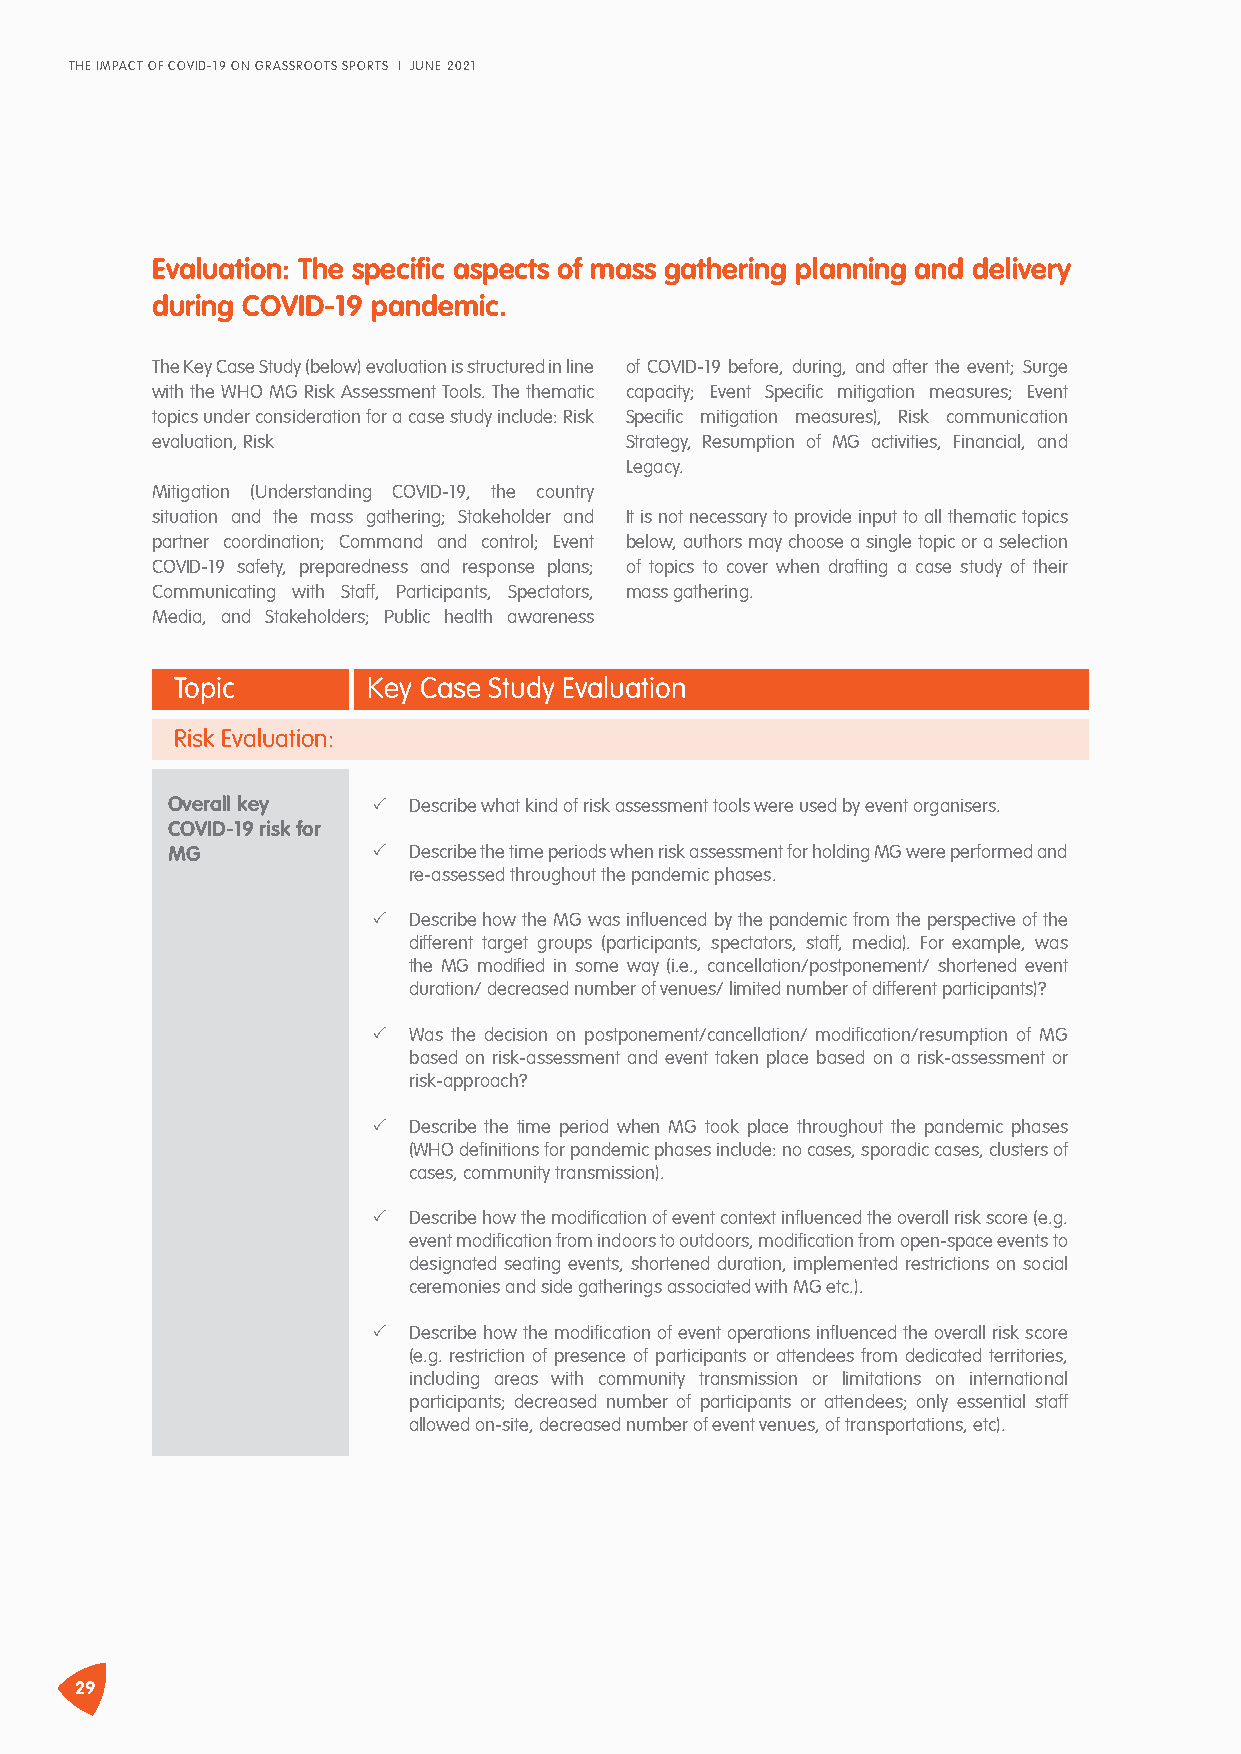
THE IMPACT OF COVID-19 ON GRASSROOTS SPORTS I JUNE 2021
 Evaluation: The specific aspects of mass gathering planning and delivery
 during COVID-19 pandemic.
 The Key Case Study (below) evaluation is structured in line of COVID-19 before, during, and after the event; Surge
 with the WHO MG Risk Assessment Tools. The thematic capacity; Event Specific mitigation measures; Event
 topics under consideration for a case study include: Risk Specific mitigation measures), Risk communication
 evaluation, Risk               Strategy, Resumption of MG activities, Financial, and
 Legacy.
 Mitigation (Understanding COVID-19, the country
 situation and the mass gathering; Stakeholder and It is not necessary to provide input to all thematic topics
 partner coordination; Command and control; Event below, authors may choose a single topic or a selection
 COVID-19 safety, preparedness and response plans; of topics to cover when drafting a case study of their
 Communicating with Staff, Participants, Spectators, mass gathering.
 Media, and Stakeholders; Public health awareness
 Topic       Key Case Study Evaluation
 Risk Evaluation:
 Overall key   � Describe what kind of risk assessment tools were used by event organisers.
 COVID-19 risk for
 MG            � Describe the time periods when risk assessment for holding MG were performed and
 re-assessed throughout the pandemic phases.
 � Describe how the MG was influenced by the pandemic from the perspective of the
 different target groups (participants, spectators, staff, media). For example, was
 the MG modified in some way (i.e., cancellation/postponement/ shortened event
 duration/ decreased number of venues/ limited number of different participants)?
 � Was the decision on postponement/cancellation/ modification/resumption of MG
 based on risk-assessment and event taken place based on a risk-assessment or
 risk-approach?
 � Describe the time period when MG took place throughout the pandemic phases
 (WHO definitions for pandemic phases include: no cases, sporadic cases, clusters of
 cases, community transmission).
 � Describe how the modification of event context influenced the overall risk score (e.g.
 event modification from indoors to outdoors, modification from open-space events to
 designated seating events, shortened duration, implemented restrictions on social
 ceremonies and side gatherings associated with MG etc.).
 � Describe how the modification of event operations influenced the overall risk score
 (e.g. restriction of presence of participants or attendees from dedicated territories,
 including areas with community transmission or limitations on international
 participants; decreased number of participants or attendees; only essential staff
 allowed on-site, decreased number of event venues, of transportations, etc).
 29